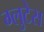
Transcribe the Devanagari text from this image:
ग्लुटेस